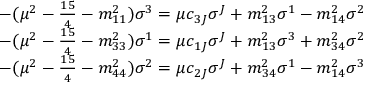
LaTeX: \begin{array} { l } { { - ( \mu ^ { 2 } - \frac { 1 5 } { 4 } - m _ { 1 1 } ^ { 2 } ) \sigma ^ { 3 } = \mu c _ { 3 J } \sigma ^ { J } + m _ { 1 3 } ^ { 2 } \sigma ^ { 1 } - m _ { 1 4 } ^ { 2 } \sigma ^ { 2 } } } \\ { { - ( \mu ^ { 2 } - \frac { 1 5 } { 4 } - m _ { 3 3 } ^ { 2 } ) \sigma ^ { 1 } = \mu c _ { 1 J } \sigma ^ { J } + m _ { 1 3 } ^ { 2 } \sigma ^ { 3 } + m _ { 3 4 } ^ { 2 } \sigma ^ { 2 } } } \\ { { - ( \mu ^ { 2 } - \frac { 1 5 } { 4 } - m _ { 4 4 } ^ { 2 } ) \sigma ^ { 2 } = \mu c _ { 2 J } \sigma ^ { J } + m _ { 3 4 } ^ { 2 } \sigma ^ { 1 } - m _ { 1 4 } ^ { 2 } \sigma ^ { 3 } } } \end{array}